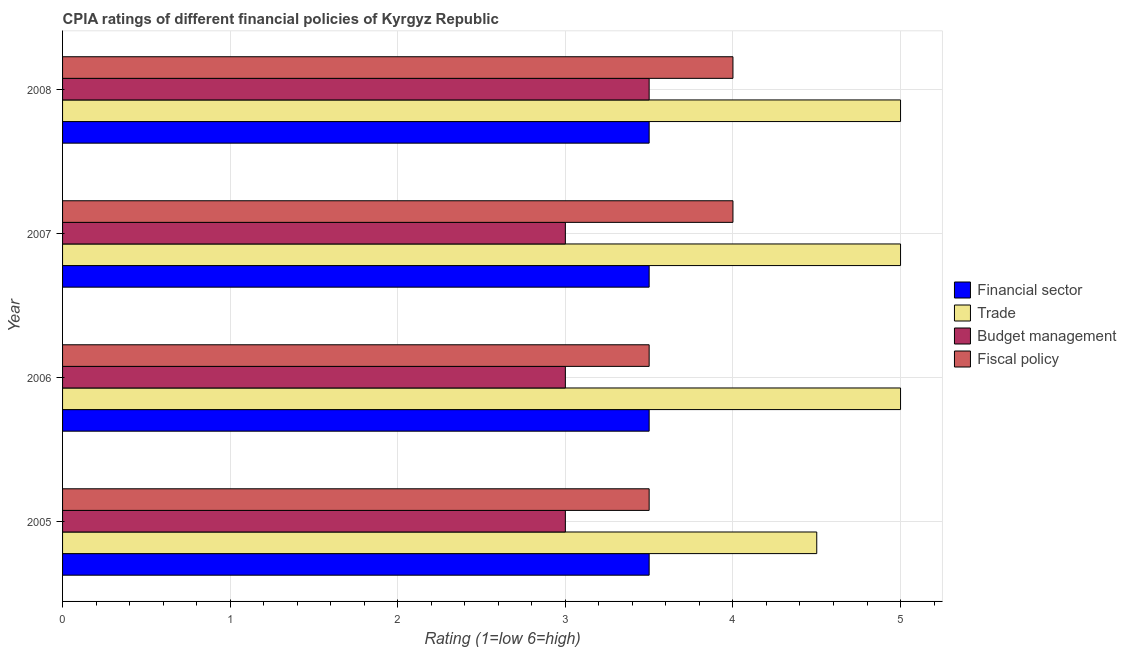
| Year | Financial sector | Trade | Budget management | Fiscal policy |
 | --- | --- | --- | --- | --- |
 | 2005 | 3.5 | 4.5 | 3 | 3.5 |
 | 2006 | 3.5 | 5 | 3 | 3.5 |
 | 2007 | 3.5 | 5 | 3 | 4 |
 | 2008 | 3.5 | 5 | 3.5 | 4 |